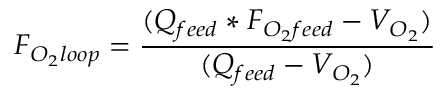
F _ { O _ { 2 } l o o p } = { \frac { ( Q _ { f e e d } * F _ { O _ { 2 } f e e d } - V _ { O _ { 2 } } ) } { ( Q _ { f e e d } - V _ { O _ { 2 } } ) } }